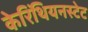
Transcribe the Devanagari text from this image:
केरिंथियनस्टेट